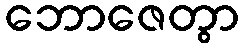
ဘောဇေတွာ